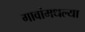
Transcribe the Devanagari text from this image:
गावांमधल्या